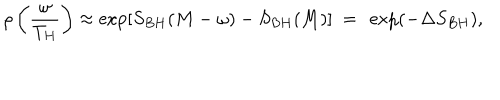
LaTeX: \rho \left( \frac { \omega } { T _ { H } } \right) \approx \exp \left[ S _ { B H } ( M - \omega ) - S _ { B H } ( M ) \right] ~ = ~ \exp ( - \Delta S _ { B H } ) ,